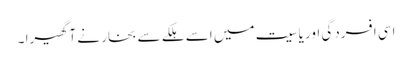
اسی افسردگی اور یاسیت میں اسے ہلکے سے بخار نے آ گھیرا ۔